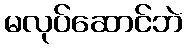
မလုပ်ဆောင်ဘဲ